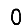
Digit: 0